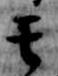
其